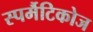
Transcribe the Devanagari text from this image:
स्पर्मैटिकोज